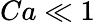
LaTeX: Ca\ll 1